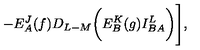
- E _ { A } ^ { J } ( f ) D _ { L - M } \biggl ( E _ { B } ^ { K } ( g ) I _ { B A } ^ { L } \biggr ) \Biggr ] ,